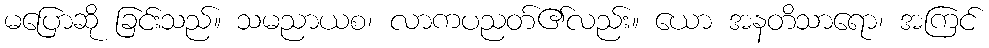
မပြောဆို ခြင်းသည်။ သမညာယစ၊ လာကပညတ်၏လည်း။ ယော အနတိသာရော၊ အကြင်